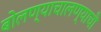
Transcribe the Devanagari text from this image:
बोलण्याचालण्याची